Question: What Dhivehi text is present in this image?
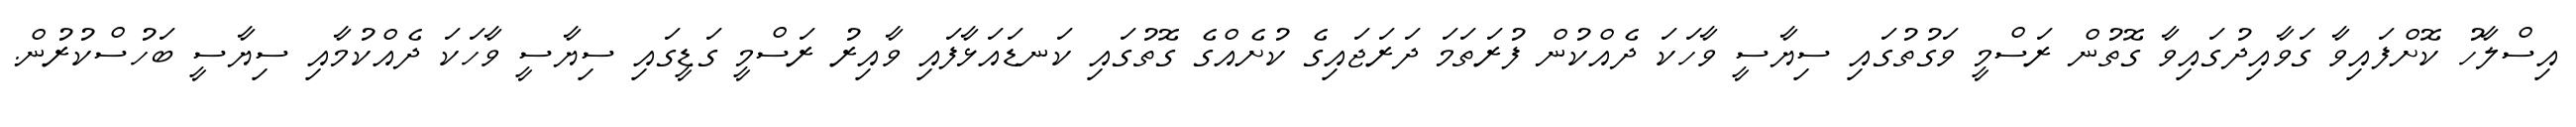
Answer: އިސްލާހު ކޮށްފައިވާ ގަވާއިދުގައިވާ ގޮތުން ރަސްމީ ވަގުތުގައި ސިޔާސީ ވާހަކަ ދެއްކުން ފުރަތަމަ ދަރަޖައިގެ ކުށެއްގެ ގޮތުގައި ކަނޑައަޅާފައި ވާއިރު ރަސްމީ ގަޑީގައި ސިޔާސީ ވާހަކަ ދެއްކުމާއި ސިޔާސީ ބަހުސްކުރުން.